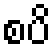
စပိ